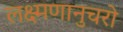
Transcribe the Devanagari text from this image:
लक्ष्मणानुचरो